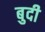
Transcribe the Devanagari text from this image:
बुदी